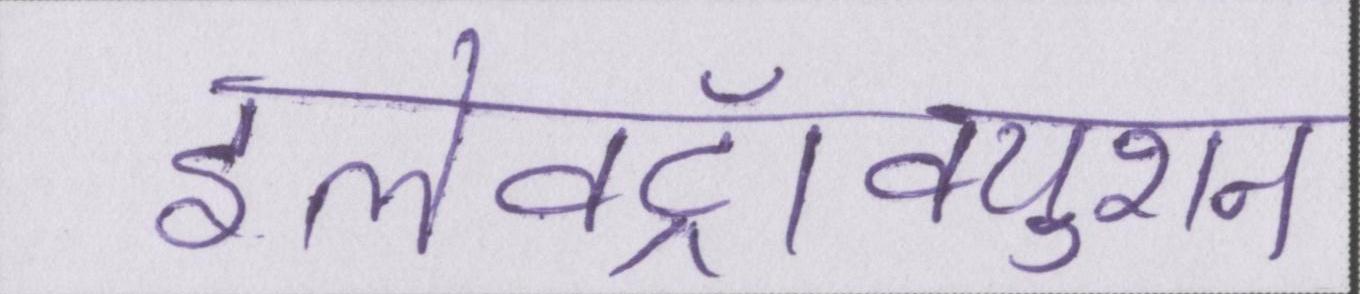
इलेक्ट्रॉक्युशन